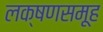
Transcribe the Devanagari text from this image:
लक्षणसमूह